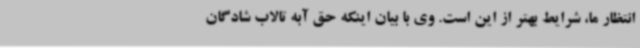
انتظار ما، شرایط بهتر از این است. وی با بیان اینکه حق آبه تالاب شادگان